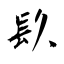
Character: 镹